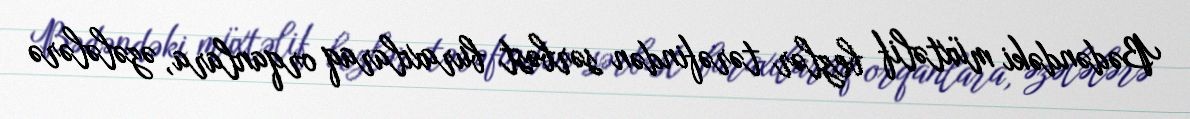
Bədəndəki müxtəlif bezlər tərəfindən sərbəst buraxılaraq orqanlara, əzələlərə